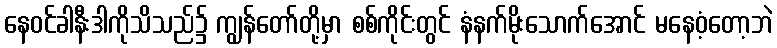
နေဝင်ခါနီးဒါကိုသိသည်၌ ကျွန်တော်တို့မှာ စစ်ကိုင်းတွင် နံနက်မိုးသောက်အောင် မနေဝံ့တော့ဘဲ